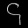
Digit: ၄